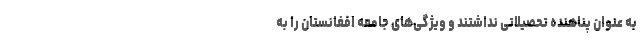
به عنوان پناهنده تحصیلاتی نداشتند و ویژگی‌های جامعه افغانستان را به